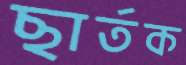
ছার্তক